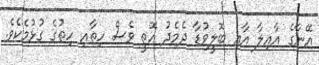
އޭނާގެ އާއިލާ އާއި ބޮލީވުޑާ ދެމެދު އޮތީ ވެސް ހިތާއި ހިތުގެ ގުޅުމެކެވެ.